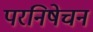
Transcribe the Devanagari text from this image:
परनिषेचन